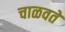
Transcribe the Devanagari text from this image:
चाळवते